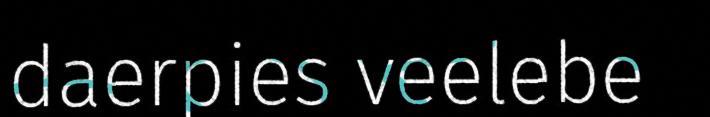
daerpies veelebe